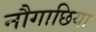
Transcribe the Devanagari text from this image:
नौगाछिया